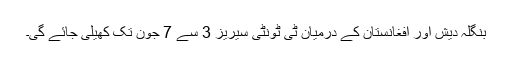
بنگلہ دیش اور افغانستان کے درمیان ٹی ٹونٹی سیریز 3 سے 7 جون تک کھیلی جائے گی۔